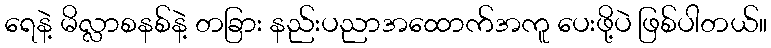
ရေနဲ့ မိလ္လာစနစ်နဲ့ တခြား နည်းပညာအထောက်အကူ ပေးဖို့ပဲ ဖြစ်ပါတယ်။